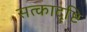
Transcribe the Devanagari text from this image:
सत्कादृष्टि